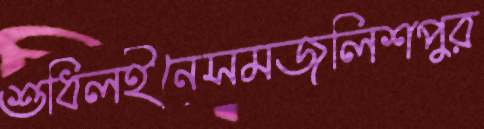
শুধিলইনেসমজলিশপুর